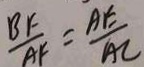
\frac { B F } { A F } = \frac { A E } { A C }